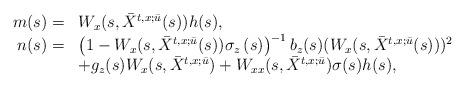
LaTeX: \begin{align*}\begin{array}[c]{rl}m(s)= & W_{x}(s,\bar{X}^{t,x;\bar{u}}(s))h(s),\\n(s)= & \left( 1-W_{x}(s,\bar{X}^{t,x;\bar{u}}(s))\sigma_{z}\left( s\right)\right) ^{-1}b_{z}(s)(W_{x}(s,\bar{X}^{t,x;\bar{u}}(s)))^{2}\\& +g_{z}(s)W_{x}(s,\bar{X}^{t,x;\bar{u}})+W_{xx}(s,\bar{X}^{t,x;\bar{u}})\sigma(s)h(s),\end{array}\end{align*}